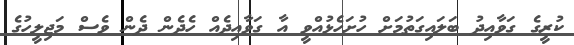
ކުރީގެ ގަވާއިދު ބަލައިގަތުމަށް ހުށަހެޅުއްވީ އާ ގަވާއިދެއް ހެދެން ދެން ވެސް މަޖިލީހުގެ